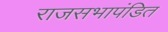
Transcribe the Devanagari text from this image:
राजसभापंडित